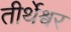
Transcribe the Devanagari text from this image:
तीर्थेश्वर